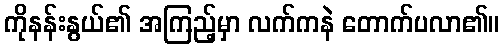
ကိုနန်းနွယ်၏ အကြည့်မှာ လက်ကနဲ တောက်ပလာ၏။